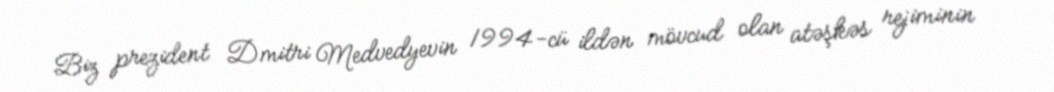
Biz prezident Dmitri Medvedyevin 1994-cü ildən mövcud olan atəşkəs rejiminin